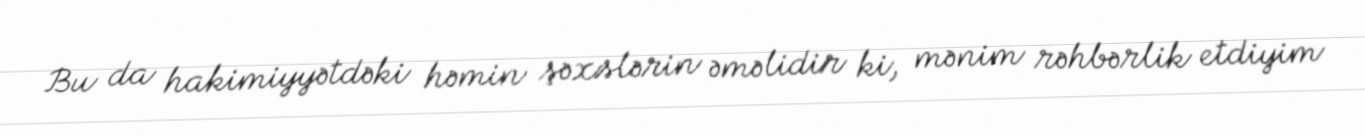
Bu da hakimiyyətdəki həmin şəxslərin əməlidir ki, mənim rəhbərlik etdiyim